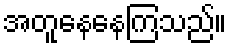
အတူနေနေကြသည်။